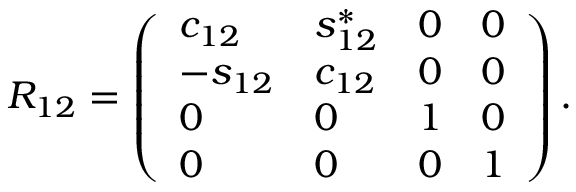
R _ { 1 2 } = \left( \begin{array} { l l l l } { { c _ { 1 2 } } } & { { s _ { 1 2 } ^ { \ast } } } & { { 0 } } & { { 0 } } \\ { { - s _ { 1 2 } } } & { { c _ { 1 2 } } } & { { 0 } } & { { 0 } } \\ { { 0 } } & { { 0 } } & { { 1 } } & { { 0 } } \\ { { 0 } } & { { 0 } } & { { 0 } } & { { 1 } } \end{array} \right) .